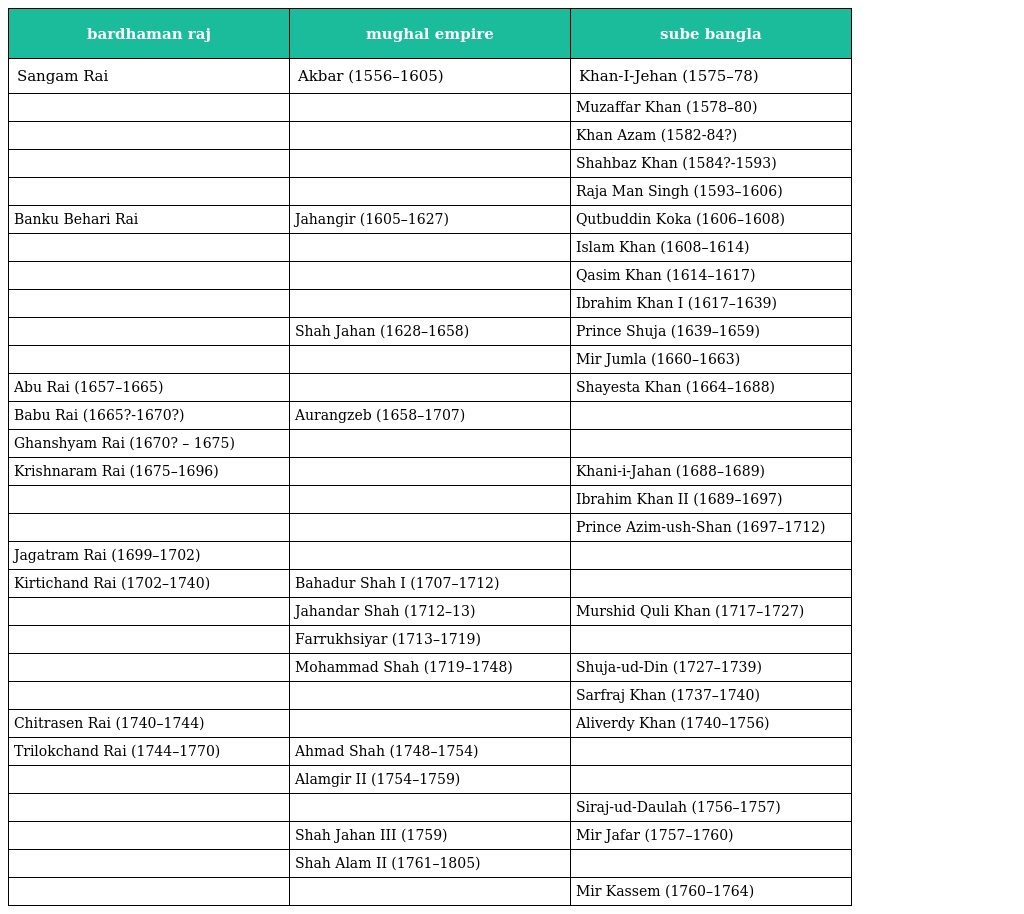
| bardhaman raj | mughal empire | sube bangla |
 | --- | --- | --- |
 | Sangam Rai | Akbar (1556–1605) | Khan-I-Jehan (1575–78) |
 |  |  | Muzaffar Khan (1578–80) |
 |  |  | Khan Azam (1582-84?) |
 |  |  | Shahbaz Khan (1584?-1593) |
 |  |  | Raja Man Singh (1593–1606) |
 | Banku Behari Rai | Jahangir (1605–1627) | Qutbuddin Koka (1606–1608) |
 |  |  | Islam Khan (1608–1614) |
 |  |  | Qasim Khan (1614–1617) |
 |  |  | Ibrahim Khan I (1617–1639) |
 |  | Shah Jahan (1628–1658) | Prince Shuja (1639–1659) |
 |  |  | Mir Jumla (1660–1663) |
 | Abu Rai (1657–1665) |  | Shayesta Khan (1664–1688) |
 | Babu Rai (1665?-1670?) | Aurangzeb (1658–1707) |  |
 | Ghanshyam Rai (1670? – 1675) |  |  |
 | Krishnaram Rai (1675–1696) |  | Khani-i-Jahan (1688–1689) |
 |  |  | Ibrahim Khan II (1689–1697) |
 |  |  | Prince Azim-ush-Shan (1697–1712) |
 | Jagatram Rai (1699–1702) |  |  |
 | Kirtichand Rai (1702–1740) | Bahadur Shah I (1707–1712) |  |
 |  | Jahandar Shah (1712–13) | Murshid Quli Khan (1717–1727) |
 |  | Farrukhsiyar (1713–1719) |  |
 |  | Mohammad Shah (1719–1748) | Shuja-ud-Din (1727–1739) |
 |  |  | Sarfraj Khan (1737–1740) |
 | Chitrasen Rai (1740–1744) |  | Aliverdy Khan (1740–1756) |
 | Trilokchand Rai (1744–1770) | Ahmad Shah (1748–1754) |  |
 |  | Alamgir II (1754–1759) |  |
 |  |  | Siraj-ud-Daulah (1756–1757) |
 |  | Shah Jahan III (1759) | Mir Jafar (1757–1760) |
 |  | Shah Alam II (1761–1805) |  |
 |  |  | Mir Kassem (1760–1764) |